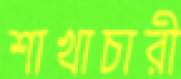
শাখাচারী